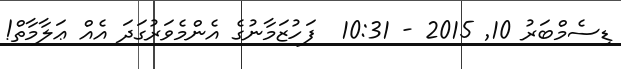
ޑިސެމްބަރު 10